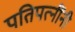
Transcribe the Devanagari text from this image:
पतिपत्नींनी